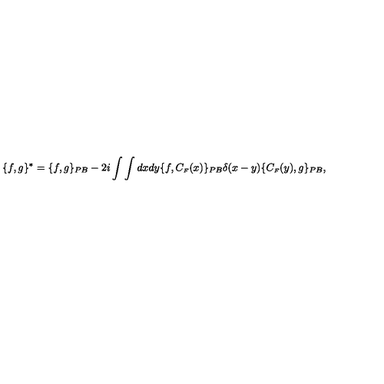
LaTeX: \{ f , g \} ^ { * } = \{ f , g \} _ { P B } - 2 i \int \int d x d y \{ f , C _ { \scriptscriptstyle F } ( x ) \} _ { P B } \delta ( x - y ) \{ C _ { \scriptscriptstyle F } ( y ) , g \} _ { P B } ,